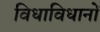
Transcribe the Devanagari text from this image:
विधाविधानों